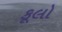
કૂલો